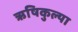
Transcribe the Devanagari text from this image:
ऋषिकुल्या